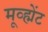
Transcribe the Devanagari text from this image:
मूव्ह्मेंट